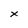
Character: x